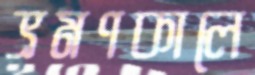
ভ্রমণকালে